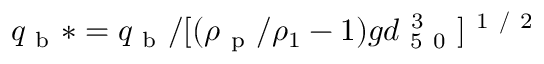
q _ { \mathrm { ~ b ~ } } \ast = q _ { \mathrm { ~ b ~ } } / [ ( \rho _ { \mathrm { ~ p ~ } } / \rho _ { 1 } - 1 ) g d _ { \mathrm { ~ 5 ~ 0 ~ } } ^ { \mathrm { ~ 3 ~ } } ] ^ { \mathrm { ~ 1 ~ / ~ 2 ~ } }